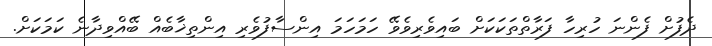
ދެފުށް ފެންނަ ހުރިހާ ފަރާތްތަކަކަށް ބައިވެރިވެވޭ ހަމަހަމަ އިންސާފުވެރި އިންތިޚާބެއް ބޭއްވިދާނެ ކަމަކަށް.